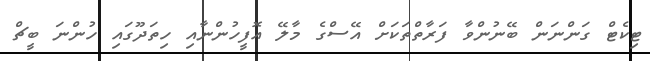
ޓިކެޓް ގަންނަން ބޭނުންވާ ފަރާތްތަކަށް އޭސްގެ މާލޭ އޮފީހުންނާއި ހިތަދޫގައި ހުންނަ ބީޗް